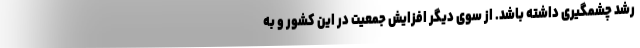
رشد چشمگیری داشته باشد. از سوی دیگر افزایش جمعیت در این کشور و به